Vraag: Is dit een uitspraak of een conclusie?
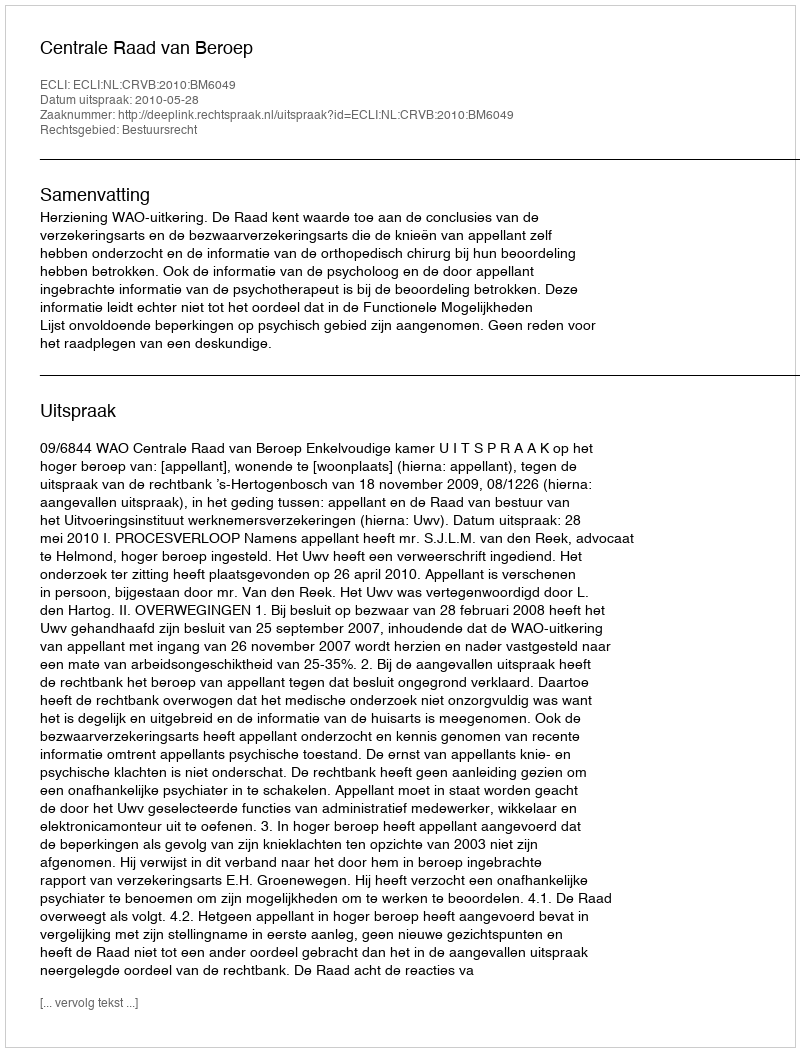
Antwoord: Uitspraak